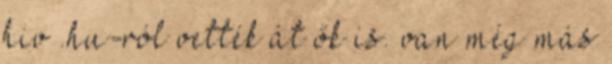
hiv .hu-ról vették át ők is. van még más